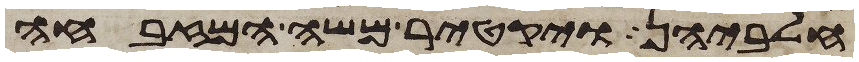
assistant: חלביהן ויקטר משה המזבחה